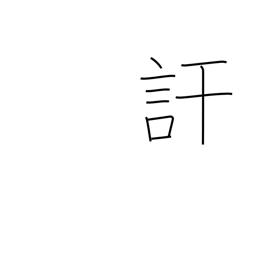
Meaning: divulge